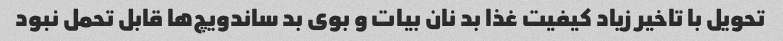
تحویل با تاخیر زیاد کیفیت غذا بد نان بیات و بوی بد ساندویچ‌ها قابل تحمل نبود